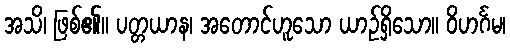
အသိ၊ ဖြစ်၏။ ပတ္တယာန၊ အတောင်ဟူသော ယာဉ်ရှိသော။ ဝိဟင်္ဂမ၊